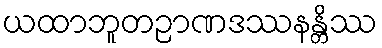
ယထာဘူတဉာဏဒဿနန္တိဿ